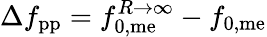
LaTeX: \Delta f_{\mathrm{pp}}=f_{\mathrm{0,me}}^{R\rightarrow\infty}-f_{\mathrm{0,me}}